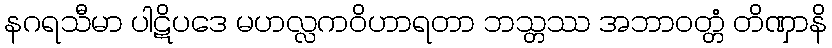
နဂရသီမာ ပါဋိပဒေ မဟလ္လကဝိဟာရတာ ဘသ္တဿ အဘာဝတ္တံ တိဏှာနိ